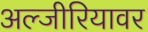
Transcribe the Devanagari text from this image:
अल्जीरियावर